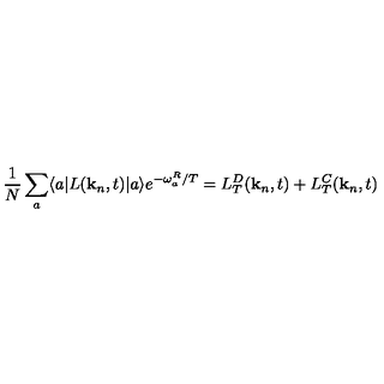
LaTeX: \frac { 1 } { N } \sum _ { a } \langle a | L ( { \bf k } _ { n } , t ) | a \rangle e ^ { - \omega _ { a } ^ { R } / T } = L _ { T } ^ { D } ( { \bf k } _ { n } , t ) + L _ { T } ^ { C } ( { \bf k } _ { n } , t )